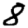
Digit: 8